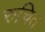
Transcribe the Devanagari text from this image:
रुचित